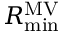
R _ { \operatorname* { m i n } } ^ { \mathrm { M V } }